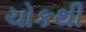
ચોકથી